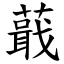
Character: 蕺